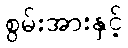
စွမ်းအားနှင့်